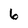
Character: 6